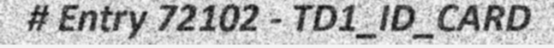
# Entry 72102 - TD1_ID_CARD